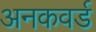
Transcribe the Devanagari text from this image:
अनकवर्ड